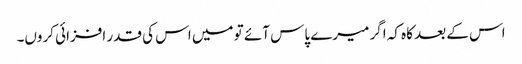
اس کے بعد کاہ کہ اگر میرے پاس آئے تو میں اس کی قدر افزائی کروں۔